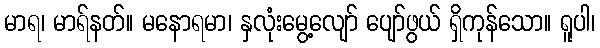
မာရ၊ မာရ်နတ်။ မနောရမာ၊ နှလုံးမွေ့လျော် ပျော်ဖွယ် ရှိကုန်သော။ ရူပါ၊